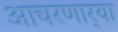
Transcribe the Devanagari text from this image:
आचरणार्‍या